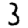
Digit: 3